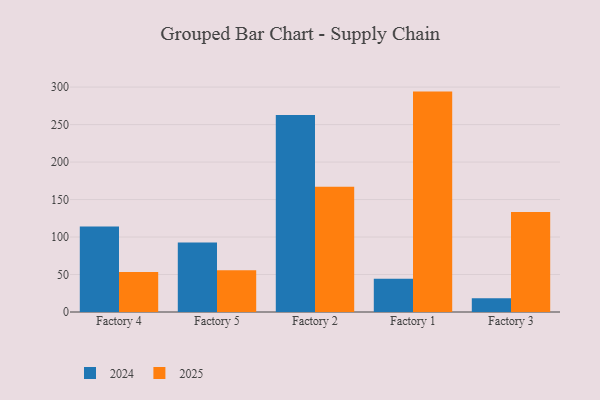
{"axis": {"x": "Factory", "y": "Temperature (°C)"}, "legend": ["2024", "2025"], "data": [{"x": "Factory 4", "y": 53.2, "type": "2025"}, {"x": "Factory 4", "y": 114.1, "type": "2024"}, {"x": "Factory 5", "y": 55.6, "type": "2025"}, {"x": "Factory 5", "y": 92.7, "type": "2024"}, {"x": "Factory 2", "y": 167.0, "type": "2025"}, {"x": "Factory 2", "y": 262.8, "type": "2024"}, {"x": "Factory 1", "y": 294.0, "type": "2025"}, {"x": "Factory 1", "y": 44.4, "type": "2024"}, {"x": "Factory 3", "y": 133.5, "type": "2025"}, {"x": "Factory 3", "y": 18.4, "type": "2024"}]}